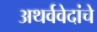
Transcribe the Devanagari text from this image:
अथर्ववेदांचे